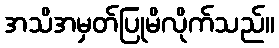
အသိအမှတ်ပြုမိလိုက်သည်။